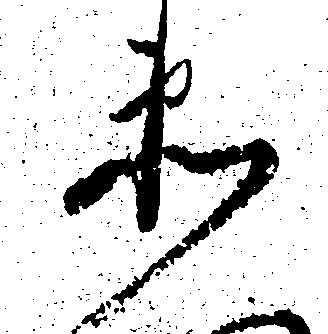
衛